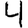
Digit: 4